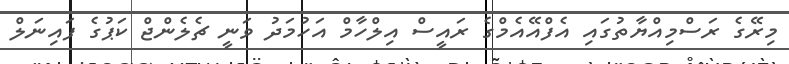
މިރޭގެ ރަސްމިއްޔާތުގައި އެފްއޭއެމްގެ ރައީސް އިލްހާމް އަހުމަދު ވަނީ ޗެލެންޖް ކަޕުގެ ފައިނަލް